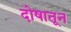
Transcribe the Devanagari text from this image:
दोषातून